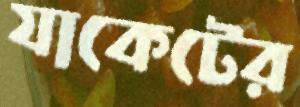
যাকেটের